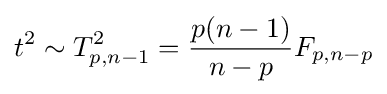
t^{2}\sim T_{p,n-1}^{2}={\frac {p(n-1)}{n-p}}F_{p,n-p}